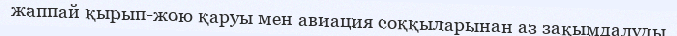
жаппай қырып-жою қаруы мен авиация соққыларынан аз зақымдалуды